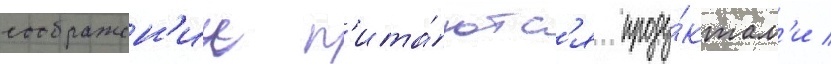
соображен'ии п'ита́ютс'я проду́ктам'и /